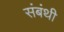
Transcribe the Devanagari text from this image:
संबंथी